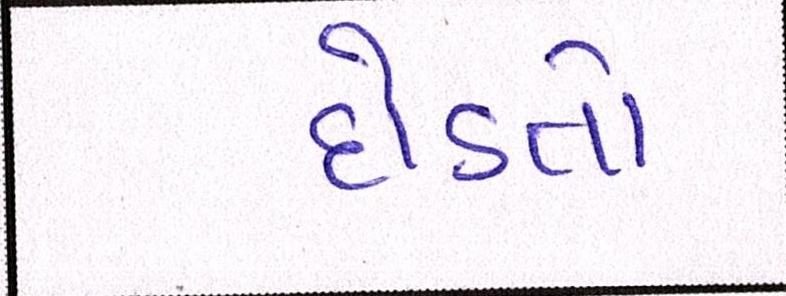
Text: દોડતો